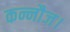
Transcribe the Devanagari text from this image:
कन्नौज।